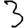
Digit: 3